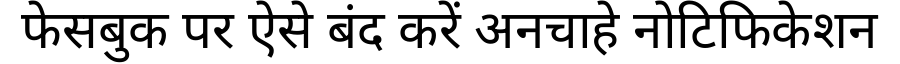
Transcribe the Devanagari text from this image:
फेसबुक पर ऐसे बंद करें अनचाहे नोटिफिकेशन